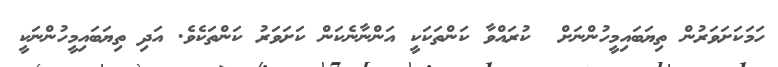
ހަމަކަށަވަރުން ތިޔަބައިމީހުންނަށް  ކުރައްވާ ކަންތަކަކީ އަންނާނެކަން ކަށަވަރު ކަންތަކެވެ. އަދި ތިޔަބައިމީހުންނަކީ